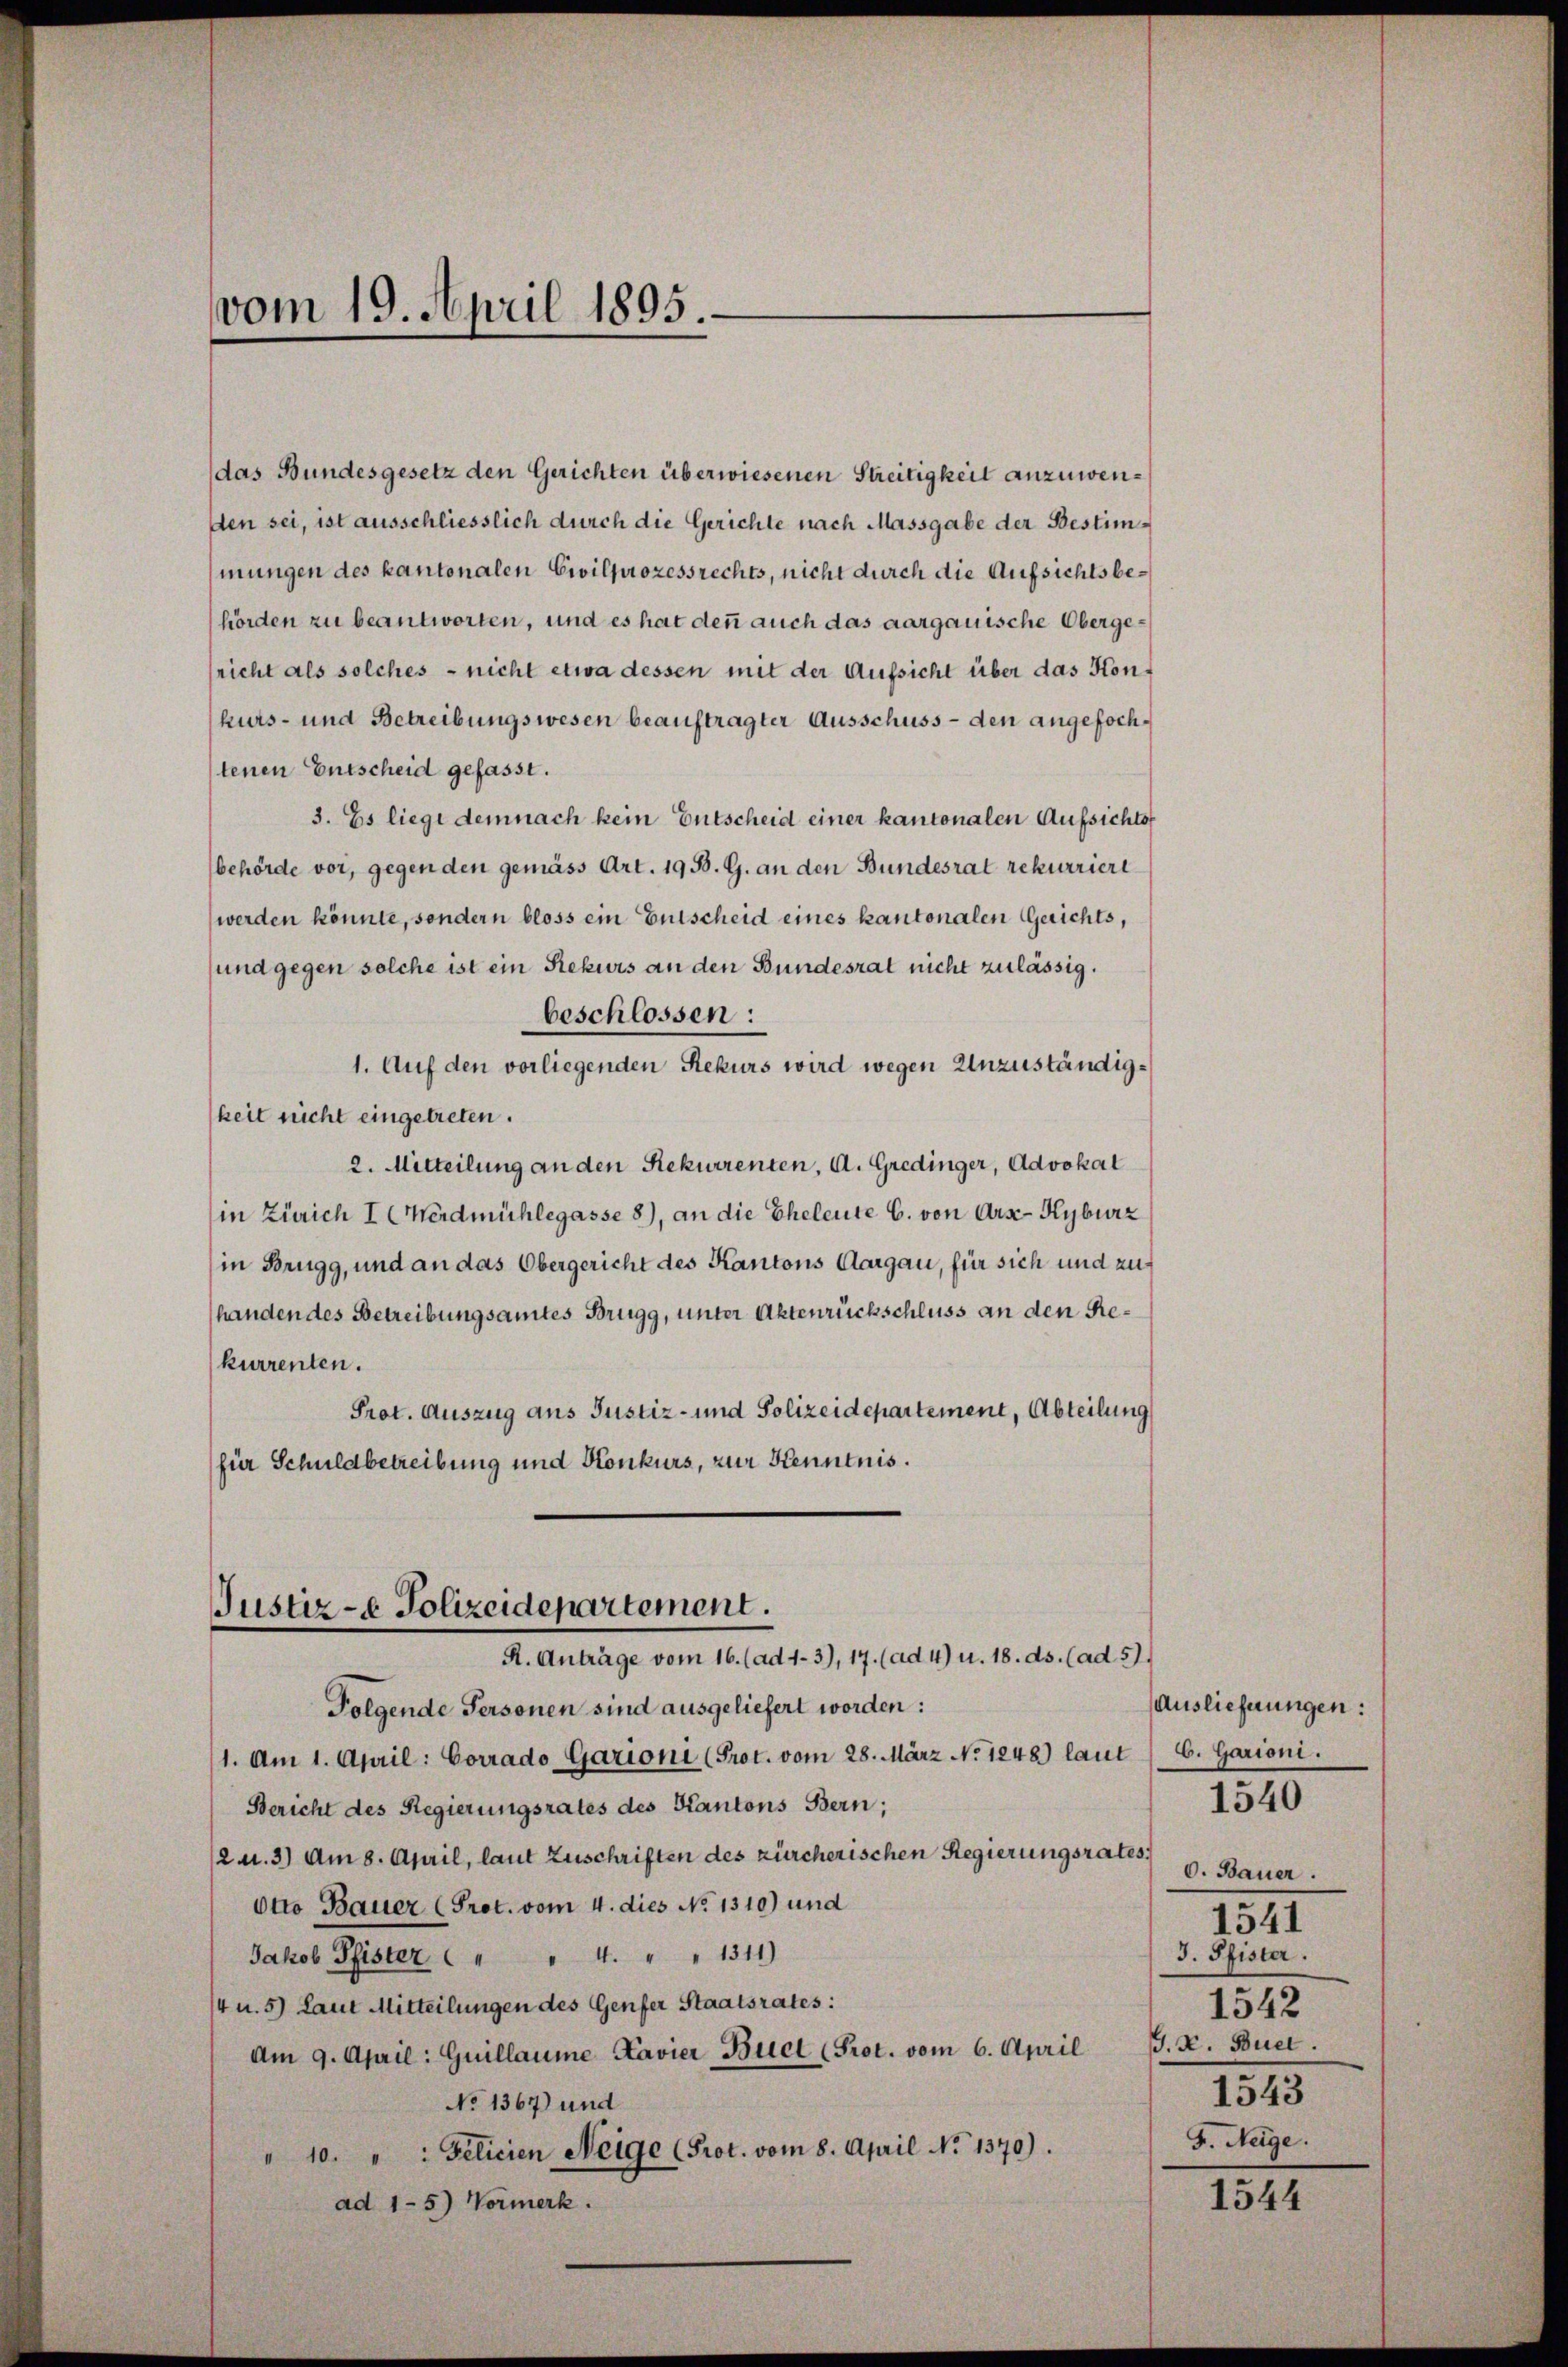
das Bundesgesetz den Gerichten überwiesenen Streitigkeit anzuwenden sei, ist ausschliesslich durch die Gerichte nach Massgabe der Bestimmungen des kantonalen Civilprozessrechts, nicht durch die Aufsichtsbehörden zu beantworten, und es hat denn auch das aargauische Obergericht als solches - nicht etwa dessen mit der Aufsicht über das Honkurs- und Betreibungswesen beauftragter Ausschuss - den angefochtenen Entscheid gefasst.
3. Es liege demnach kein Entscheid einer kantonalen Aufsichtsf
behörde vor, gegen den gemäss Art. 19 B. G. an den Bundesrat rekurriert
werden könnte, sondern bloss ein Entscheid eines kantonalen Gerichts,
und gegen solche ist ein Rekurs an den Bundesrat nicht zulässig.
beschlossen:
1. Auf den vorliegenden Rekurs wird wegen Unzuständigkeit nicht eingetreten.
2. Mitteilung an den Rekurrenten, A. Gredinger, Advokat
in Zürich I (Werdmühlegasse 8), an die Eheleute C. von Ars-Kyburz
(in Brugg, und an das Obergericht des Kantons Aargau, für sich und zuhanden des Betreibungsamtes Brugg, unter Aktenrückschluss an den Rekurrenten.
Prot. Auszug aus Justiz- und Polizeidepartement, Abteilung
für Schuldbetreibung und Konkurs, zur Kenntnis.
Justiz - Polizeidepartement.
R. Anträge vom 16. (ad 1. 3), 17. (ad 4) u. 18. ds. (ad 5).
Folgende Personen sind ausgeliefert worden:
1. Am 1. April: Corrado Gazioni (Prot. vom 28. März No 1248) laut / 6. Garioni.
Bericht des Regierungsrates des Kantons Bern;
2 u. 3) Am 8. April, laut Zuschriften des zürcherischen Regierungsrates,
Otto Bauer (Prot. vom 4. dies No 1310) und
Jakob Pfister.   " " 4. " " 1311)
/4 u. 5) Laut Mitteilungen des Genfer Staatsrates:
Am 9. April: Guillaume Kavier Biel (Prot. vom 6. April
No 1367) und
" 10. " " Gelicien Neige (Prot. vom 8. April No 1370).
ad 1-5) Vormerk.

vom 19. April 1895.

Auslieferungen:
O. Bauer.
1541
J. Pfister.
1542
G. B. Buel.
1543
F. Neige.

1540

1544